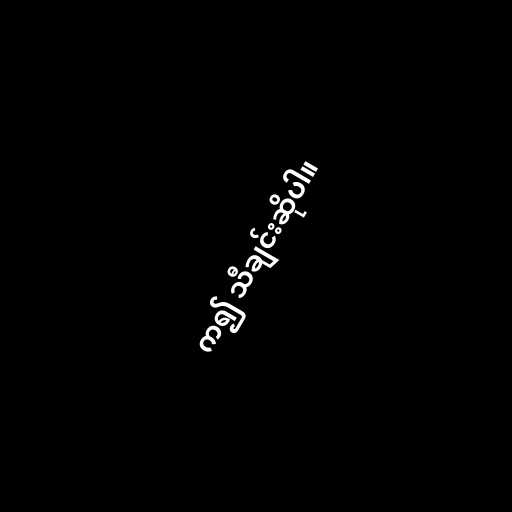
က၍ သီချင်းဆိုပါ။